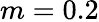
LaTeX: m=0.2